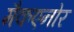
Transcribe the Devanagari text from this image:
मैकएनोर